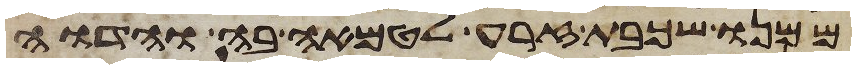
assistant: ממנו שכבת זרע לטמאה בה והדוה